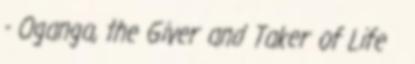
- Oganga, the Giver and Taker of Life